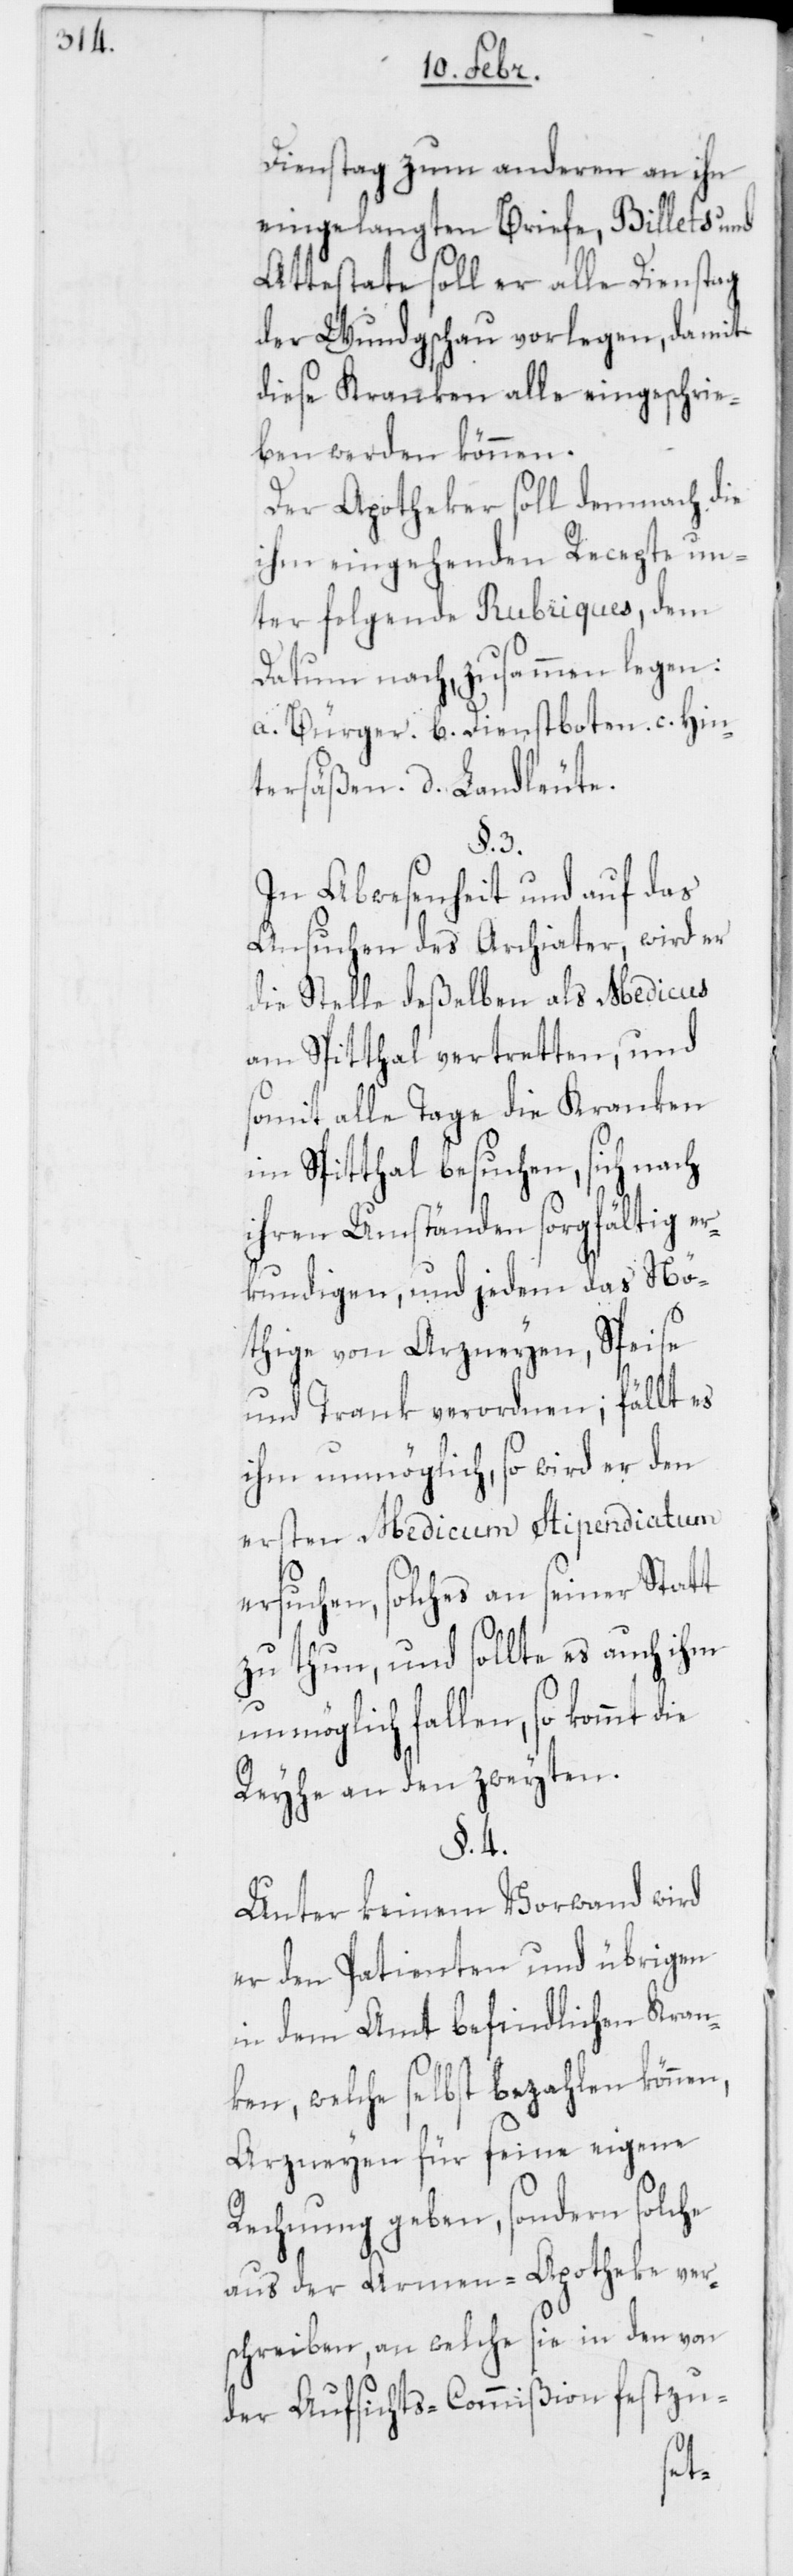
Dienstag zum anderen an ihn
eingelangten Briefe, Billets und
Attestate soll er alle Dienstag
der Wundg’schau vorlegen, damit
diese Kranken alle eingeschrie¬
ben werden können.
Der Apotheker soll demnach die
ihm eingehenden Recepte un¬
ter folgende Rubriques, dem
Datum nach, zusammen legen:
a. Bürger. b. Dienstboten. c. Hin¬
tersäßen. d. Landleute.
§. 3.
In Abwesenheit und auf das
Ansuchen des Archiater, wird er
die Stelle deßelben als Medicus
am Spitthal vertretten, und
somit alle Tage die Kranken
im Spitthal besuchen, sich nach
ihren Umständen sorgfältig er¬
kundigen, und jedem das Nö¬
thige von Arzneyen, Speise
und Trank verordnen; fällt es
ihm unmöglich, so wird er den
ersten Medicum Stipendiatum
ersuchen, solches an seiner Statt
zu tun, und sollte es auch ihm
unmöglich fallen, so kommt die
Reyhe an den zweyten.
§. 4.
Unter keinem Vorwand wird
er den Patienten und übrigen
in dem Amt befindlichen Kran¬
ken, welche selbst bezahlen können,
Arzneyen für seine eigene
Rechnung geben, sondern solche
aus der Armen-Apotheke ver¬
schreiben, an welche sie in den von
der Aufsichts-Commißion festzu-